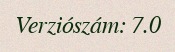
Verziószám: 7.0